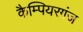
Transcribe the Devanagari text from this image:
कैम्पियरगंज